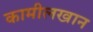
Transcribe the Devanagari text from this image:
कामीलखान